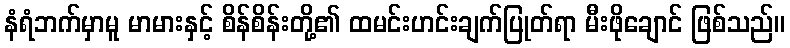
နံရံဘက်မှာမူ မာမားနှင့် စိန်စိန်းတို့၏ ထမင်းဟင်းချက်ပြုတ်ရာ မီးဖိုချောင် ဖြစ်သည်။